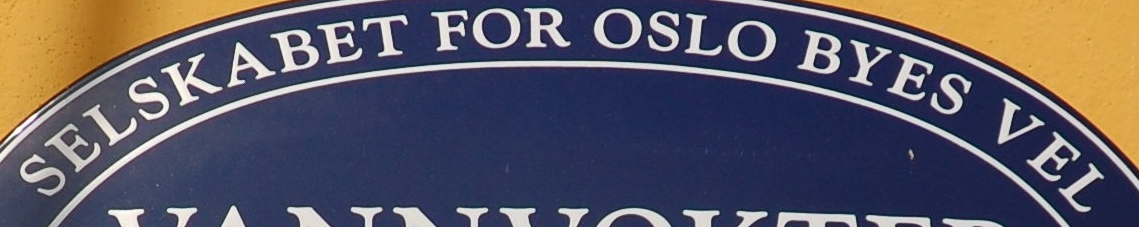
SELSKABET FOR OSLO BYES VEL